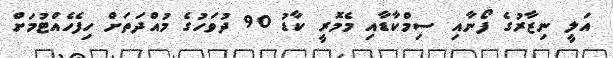
އަލީ ނިޒާރުގެ ފޯނާއި ސިމްކާޑާއި މެމޮރީ ކާޑު 90 ދުވަހުގެ މުއްދަތަށް ހިފެހެއްޓުމަށް